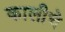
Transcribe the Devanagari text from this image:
कालीचे